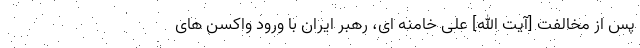
پس از مخالفت [آیت الله] علی خامنه ای، رهبر ایران با ورود واکسن های